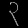
Digit: ၃